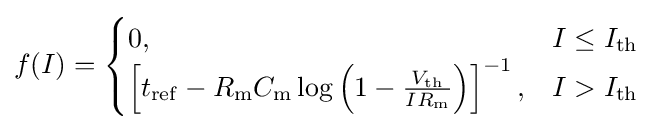
f(I)={\begin{cases}0,&I\leq I_{\mathrm {th} }\\\left[t_{\mathrm {ref} }-R_{\mathrm {m} }C_{\mathrm {m} }\log \left(1-{\tfrac {V_{\mathrm {th} }}{IR_{\mathrm {m} }}}\right)\right]^{-1},&I>I_{\mathrm {th} }\end{cases}}